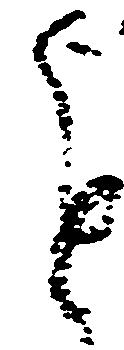
進